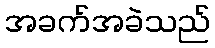
အခက်အခဲသည်